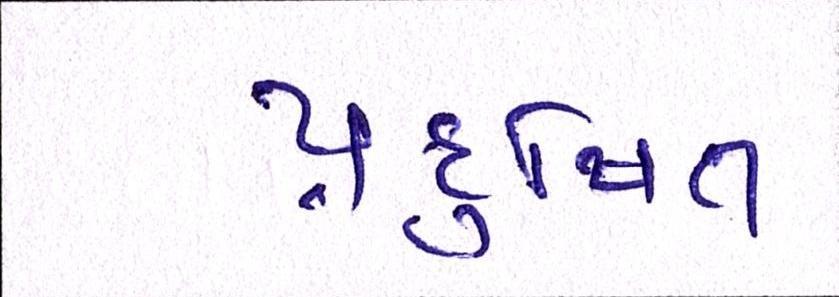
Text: પ્રદુષિત